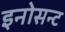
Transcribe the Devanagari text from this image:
इनोसन्ट